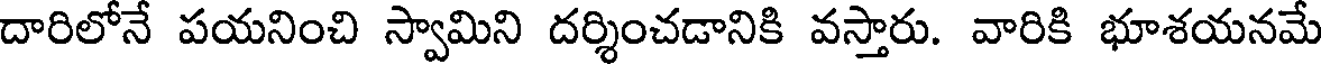
దారిలోనే పయనించి స్వామిని దర్శించడానికి వస్తారు. వారికి భూశయనమే